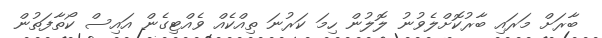
ބާރަށް މަރައި ބާރުކޮށްލެވުނު ލޮލުން ހިމަ ކަރުނަ ތިއްކެއް ވެއްޓިގެން އައިސް ކޯތާފަތުން